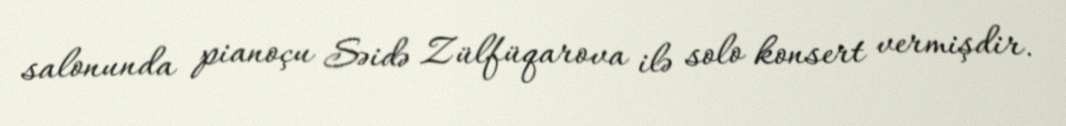
salonunda pianoçu Səidə Zülfüqarova ilə solo konsert vermişdir.